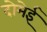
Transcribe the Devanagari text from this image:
दोमेई